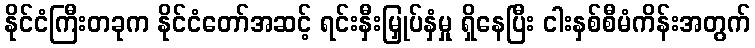
နိုင်ငံကြီးတခုက နိုင်ငံတော်အဆင့် ရင်းနှီးမြှုပ်နှံမှု ရှိနေပြီး ငါးနှစ်စီမံကိန်းအတွက်